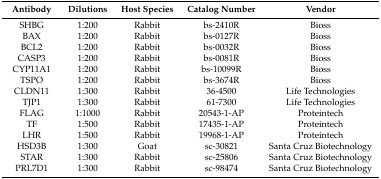
<table><thead><tr><td><b>Antibody</b></td><td><b>Dilutions</b></td><td><b>Host Species</b></td><td><b>Catalog Number</b></td><td><b>Vendor</b></td></tr></thead><tbody><tr><td>SHBG</td><td>1:200</td><td>Rabbit</td><td>bs-2410R</td><td>Bioss</td></tr><tr><td>BAX</td><td>1:200</td><td>Rabbit</td><td>bs-0127R</td><td>Bioss</td></tr><tr><td>BCL2</td><td>1:200</td><td>Rabbit</td><td>bs-0032R</td><td>Bioss</td></tr><tr><td>CASP3</td><td>1:200</td><td>Rabbit</td><td>bs-0081R</td><td>Bioss</td></tr><tr><td>CYP11A1</td><td>1:200</td><td>Rabbit</td><td>bs-10099R</td><td>Bioss</td></tr><tr><td>TSPO</td><td>1:200</td><td>Rabbit</td><td>bs-3674R</td><td>Bioss</td></tr><tr><td>CLDN11</td><td>1:300</td><td>Rabbit</td><td>36-4500</td><td>Life Technologies</td></tr><tr><td>TJP1</td><td>1:300</td><td>Rabbit</td><td>61-7300</td><td>Life Technologies</td></tr><tr><td>FLAG</td><td>1:1000</td><td>Rabbit</td><td>20543-1-AP</td><td>Proteintech</td></tr><tr><td>TF</td><td>1:500</td><td>Rabbit</td><td>17435-1-AP</td><td>Proteintech</td></tr><tr><td>LHR</td><td>1:500</td><td>Rabbit</td><td>19968-1-AP</td><td>Proteintech</td></tr><tr><td>HSD3B</td><td>1:300</td><td>Goat</td><td>sc-30821</td><td>Santa Cruz Biotechnology</td></tr><tr><td>STAR</td><td>1:300</td><td>Rabbit</td><td>sc-25806</td><td>Santa Cruz Biotechnology</td></tr><tr><td>PRL7D1</td><td>1:300</td><td>Rabbit</td><td>sc-98474</td><td>Santa Cruz Biotechnology</td></tr></tbody></table>